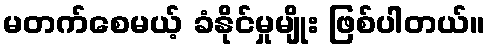
မတက်စေမယ့် ခံနိုင်မှုမျိုး ဖြစ်ပါတယ်။